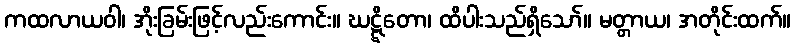
ကထလာယဝါ၊ အိုးခြမ်းဖြင့်လည်းကောင်း။ ဃဋ္ဋိတော၊ ထိပါးသည်ရှိသော်။ မတ္တာယ၊ အတိုင်းထက်။